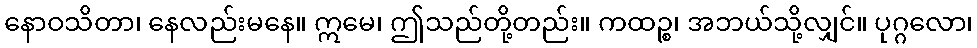
နောဝသိတာ၊ နေလည်းမနေ။ ဣမေ၊ ဤသည်တို့တည်း။ ကထဉ္စ၊ အဘယ်သို့လျှင်။ ပုဂ္ဂလော၊